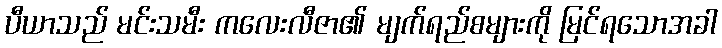
ပီယာသည် မင်းသမီး ကလေးလီဇာ၏ မျက်ရည်စများကို မြင်ရသောအခါ